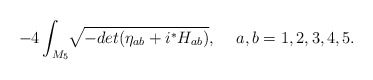
\begin{align*}-4\int_{M_5}{}\sqrt[]{-det(\eta_{ab}+i{}^*H_{ab})}, \hskip .5cma,b=1,2,3,4,5.\end{align*}